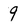
Character: 9